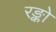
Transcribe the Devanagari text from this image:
रङ्को